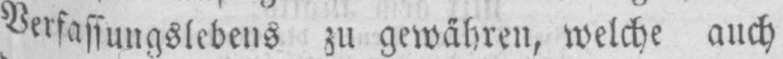
Verfassungslebens zu gewähren, welche auch